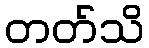
တတ်သိ